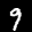
Label: 9